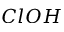
C l O H